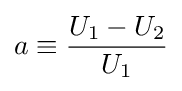
a\equiv {\frac {U_{1}-U_{2}}{U_{1}}}